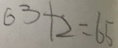
6 3 + 2 = 6 5